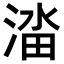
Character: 𬈔